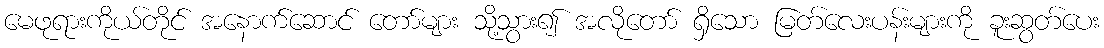
မေဖုရားကိုယ်တိုင် အနောက်ဆောင် တော်များ သို့သွား၍ အလိုတော် ရှိသော မြတ်လေးပန်းများကို ခူးဆွတ်ပေး